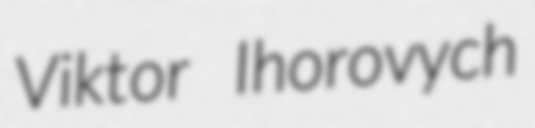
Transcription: Viktor Ihorovych